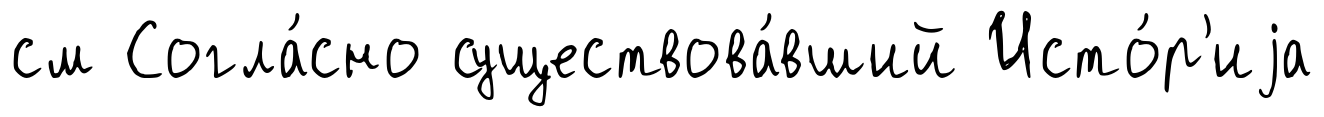
см Согла́сно существова́вший Исто́р'иjа